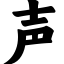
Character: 声